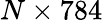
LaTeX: N\times 784